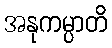
အနုကမ္ပာတိ